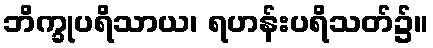
ဘိက္ခုပရိသာယ၊ ရဟန်းပရိသတ်၌။